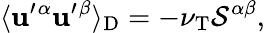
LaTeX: \langle{\mathbf{u}^{\prime}{}^{\alpha}\mathbf{u}^{\prime}{}^{\beta}}\rangle_{\textrm{{D}}}=-\nu_{\textrm{{T}}}{\cal{S}}^{\alpha\beta},